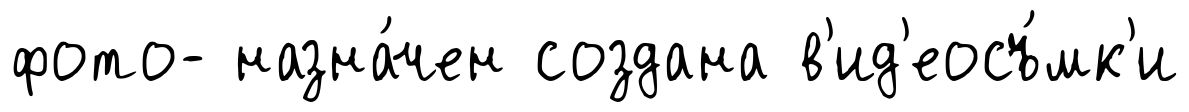
фото- назна́чен создана в'ид'еосъ́мк'и